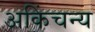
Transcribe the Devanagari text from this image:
अकिंचन्य